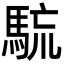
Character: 𩣇